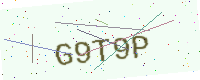
Text: G9T9P